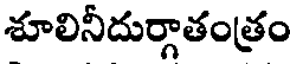
శూలినీదుర్గాతంత్రం